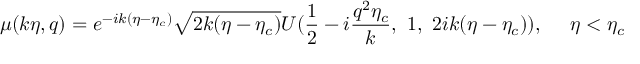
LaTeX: \mu ( k \eta , q ) = e ^ { - i k ( \eta - \eta _ { c } ) } \sqrt { 2 k ( \eta - \eta _ { c } ) } U ( \frac { 1 } { 2 } - i \frac { q ^ { 2 } \eta _ { c } } { k } , ~ 1 , ~ 2 i k ( \eta - \eta _ { c } ) ) , ~ ~ ~ ~ \eta < \eta _ { c }